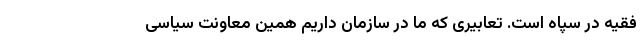
فقیه در سپاه است. تعابیری که ما در سازمان داریم همین معاونت سیاسی